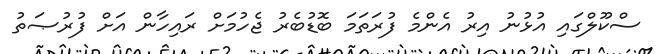
ސްކޫލްގައި އުޅުނު އިރު އެންމެ ފުރަތަމަ ބޮޑުބެރު ޖެހުމަށް ރައިހާން އަށް ފުރުޞަތު